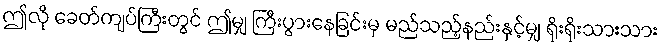
ဤလို ခေတ်ကျပ်ကြီးတွင် ဤမျှ ကြီးပွားနေခြင်းမှ မည်သည့်နည်းနှင့်မျှ ရိုးရိုးသားသား